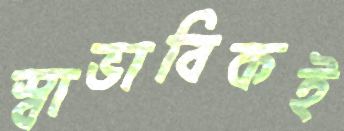
স্বাভাবিকই